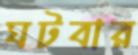
ঘটবার